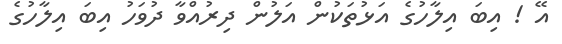
އޭ ! އިބަ އިލާހުގެ އަޅުތަކުން އަލުން ދިރުއްވާ ދުވަހު އިބަ އިލާހުގެ